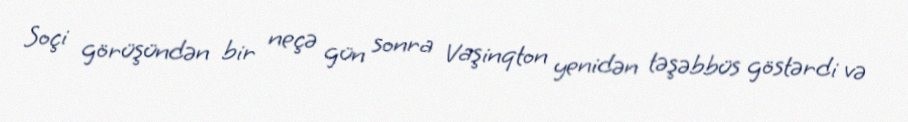
Soçi görüşündən bir neçə gün sonra Vaşinqton yenidən təşəbbüs göstərdi və